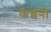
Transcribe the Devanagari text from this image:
फॅशनी